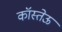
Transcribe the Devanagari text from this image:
कॉस्तेऊ